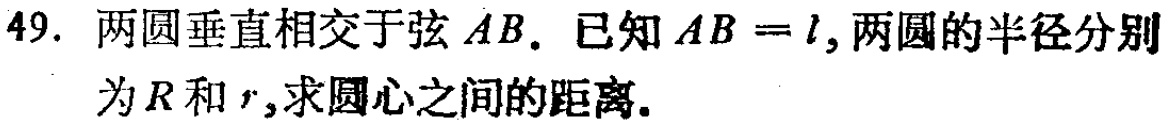
49. 两圆垂直相交于弦\(AB\). 已知\(AB = l\), 两圆的半径分别为\(R\)和\(r\),求圆心之间的距离.